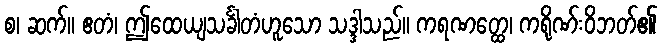
စ၊ ဆက်။ ဧတံ၊ ဤထေယျသင်္ခါတံဟူသော သဒ္ဒါသည်။ ကရဏတ္ထေ၊ ကရိုဏ်းဝိဘတ်၏